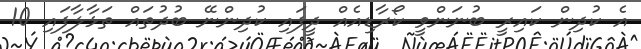
އެ ކުދިން ކައިރީ ބުނަންވީ ކޯރާޑިއެއް ދީފައި ކުދިންނޭ ބުދުތައް ތަޅާލާފައި 10